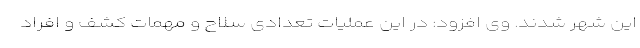
این شهر شدند. وی افزود: در این عملیات تعدادی سلاح و مهمات کشف و افراد